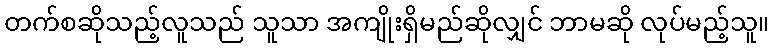
တက်စဆိုသည့်လူသည် သူသာ အကျိုးရှိမည်ဆိုလျှင် ဘာမဆို လုပ်မည့်သူ။